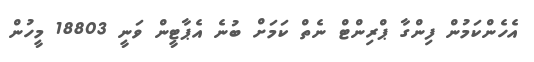
އެހެންކަމުން ފިންގާ ޕްރިންޓް ނެތް ކަމަށް ބުނެ އެޕާޓީން ވަނީ 18803 މީހުން